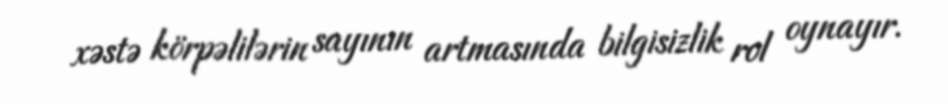
xəstə körpəlilərin sayının artmasında bilgisizlik rol oynayır.